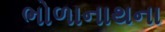
ભોળાનાથના